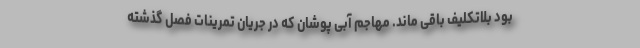
بود بلاتکلیف باقی ماند. مهاجم آبی پوشان که در جریان تمرینات فصل گذشته